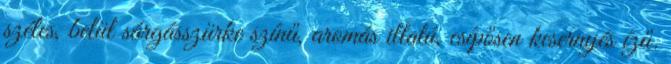
széles, belül sárgásszürke színű, aromás illatú, csípősen kesernyés ízű.